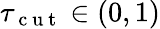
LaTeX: \tau_{\mathrm{~c~u~t~}}\in(0,1)